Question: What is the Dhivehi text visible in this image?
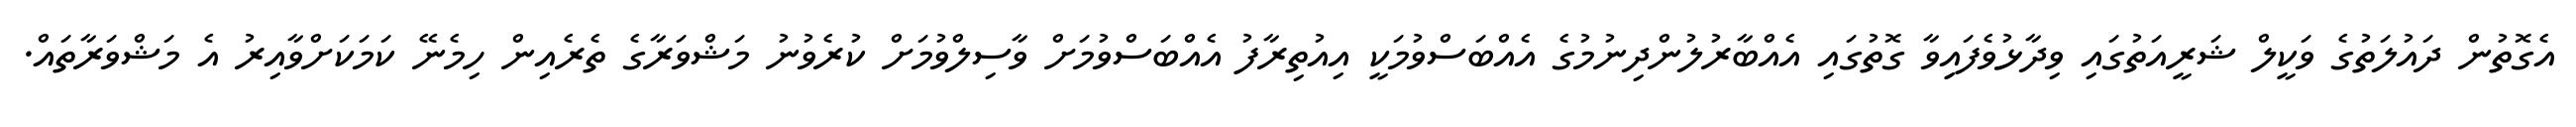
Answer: އެގޮތުން ދައުލަތުގެ ވަކީލް ޝަރީއަތުގައި ވިދާޅުވެފައިިވާ ގޮތުގައި އެއްބާރުލުންދިނުމުގެ އެއްބަސްވުމަކީ އިއުތިރާފު އެއްބަސްވުމަށް ވާސިލްވުމަށް ކުރެވުނު މަޝްވަރާގެ ތެރެއިން ހިމެނޭ ކަމަކަށްވާއިރު އެ މަޝްވަރާތައް.